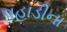
પહાડીના